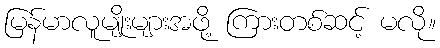
မြန်မာလူမျိုးများအဖို့ ကြားတစ်ဆင့် မလို။